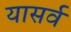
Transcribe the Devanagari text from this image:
यासर्व